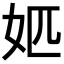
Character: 𡛘